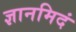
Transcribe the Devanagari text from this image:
ज्ञानमिदं